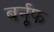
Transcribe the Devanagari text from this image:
बर्नूफ